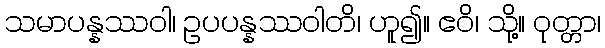
သမာပန္နဿဝါ၊ ဥပပန္နဿဝါတိ၊ ဟူ၍။ ဧဝိ၊ သို့။ ဝုတ္တာ၊